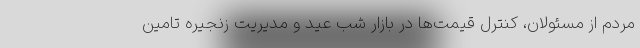
مردم از مسئولان، کنترل قیمت‌ها در بازار شب عید و مدیریت زنجیره تامین